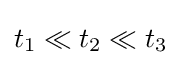
t_{1}\ll t_{2}\ll t_{3}